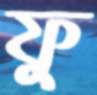
ফু